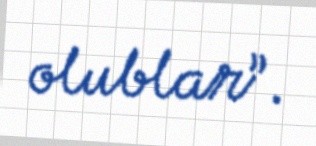
olublar”.